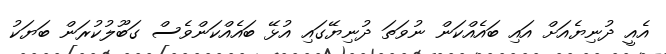
އެއީ ދުނިޔެއަށް އައި ބައެއްކަން ނުވަތަ ދުނިޔޭގައި އުޅޭ ބައެއްކަންވެސް ގަބޫލުކުރަން ބަޔަކު